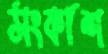
সংকাশ